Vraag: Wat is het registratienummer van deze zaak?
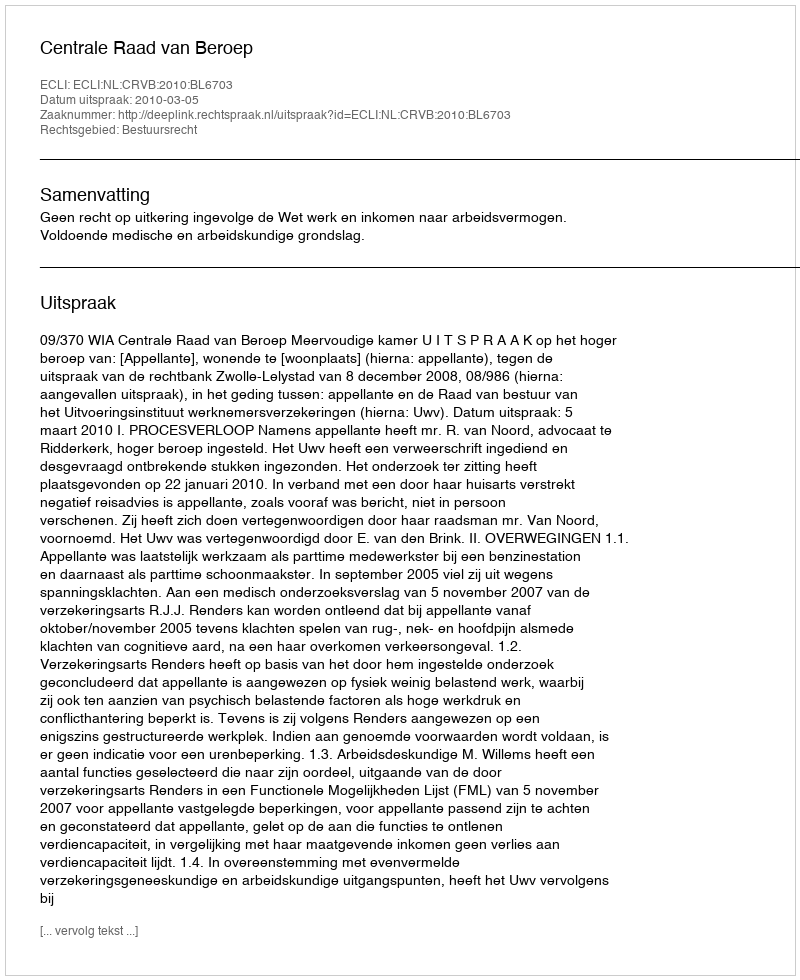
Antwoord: http://deeplink.rechtspraak.nl/uitspraak?id=ECLI:NL:CRVB:2010:BL6703